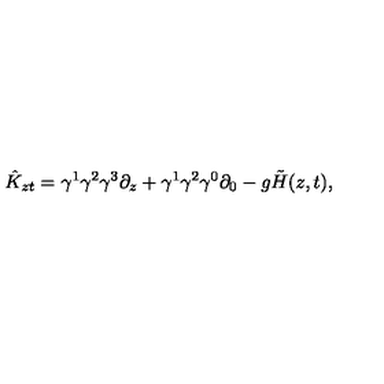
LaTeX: \hat { K } _ { z t } = \gamma ^ { 1 } \gamma ^ { 2 } \gamma ^ { 3 } \partial _ { z } + \gamma ^ { 1 } \gamma ^ { 2 } \gamma ^ { 0 } \partial _ { 0 } - g \tilde { H } ( z , t ) ,